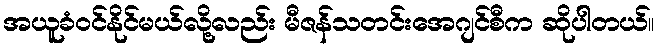
အယူခံဝင်နိုင်မယ်လို့လည်း မီဇန်သတင်းအေဂျင်စီက ဆိုပါတယ်။